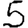
Digit: 5